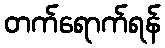
တက်ရောက်ရန်